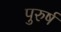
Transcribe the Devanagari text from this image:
पुरुर्ष